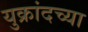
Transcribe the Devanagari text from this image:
युक्रांदच्या